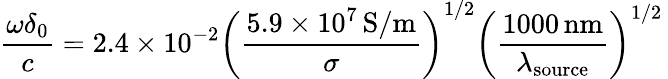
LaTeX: \frac{\omega\delta_{0}}{c}=2.4\times 10^{-2}\left(\frac{5.9\times 10^{7}\, \mathrm{S/m}}{\sigma}\right)^{1/2}\left(\frac{1000\, \mathrm{nm}}{\lambda_{\mathrm{source}}}\right)^{1/2}\,